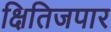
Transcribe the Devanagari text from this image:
क्षितिजपार